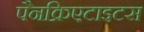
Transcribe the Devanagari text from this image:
पैनक्रिएटाइटस